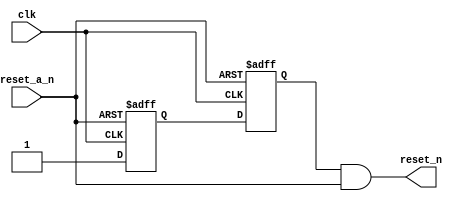
//********************************************************************
//
//  reset_gen.v
//
//  This file is part of the DLX3 project
//  http://
//
//  Description     :  Simple reset (active low) generator for DLX3 testbench
//
//
//
//********************************************************************
//
// Copyright (C) 2010 Ronan Barzic
//
//    This program is free software: you can redistribute it and/or modify
//    it under the terms of the GNU General Public License as published by
//    the Free Software Foundation, either version 3 of the License, or
//    (at your option) any later version.
//
//    This program is distributed in the hope that it will be useful,
//    but WITHOUT ANY WARRANTY; without even the implied warranty of
//    MERCHANTABILITY or FITNESS FOR A PARTICULAR PURPOSE.  See the
//    GNU General Public License for more details.
//
//    You should have received a copy of the GNU General Public License
//    along with this program.  If not, see <http://www.gnu.org/licenses/>.
//
//********************************************************************

// `timescale 1ns/1ps
module reset_gen (/*AUTOARG*/
   // Outputs
   reset_n,
   // Inputs
   reset_a_n, clk
   );

  output reset_n;
  input reset_a_n;
  input clk;

  parameter duration = 10;


   reg   rst_n_m;
   reg   rst_n_r;


   always @(negedge clk or negedge reset_a_n) begin
      if(reset_a_n == 1'b0) begin
         /*AUTORESET*/
         // Beginning of autoreset for uninitialized flops
         rst_n_m <= 1'h0;
         rst_n_r <= 1'h0;
         // End of automatics
      end
      else begin
         rst_n_m <= 1;
         rst_n_r <= rst_n_m;

      end
   end







   assign reset_n = rst_n_r & reset_a_n;


endmodule // reset_gen
/*
 Local Variables:
 verilog-library-directories:(
 "."
 )
 End:
 */